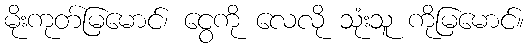
မိုးကုတ်မြမောင်၊ ငွေကို လေလို သုံးသူ ကိုမြမောင်။